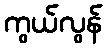
ကွယ်လွန်